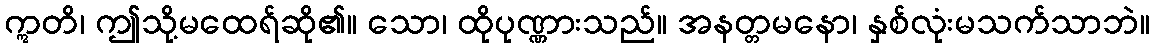
ဣတိ၊ ဤသို့မထေရ်ဆို၏။ သော၊ ထိုပုဏ္ဏားသည်။ အနတ္တမနော၊ နှစ်လုံးမသက်သာဘဲ။